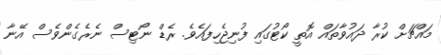
މައްޗަށް ކުރާ ދައުވާތައް އޮތީ ކޯޓުގައި ފުނިޖެހިފައެވެ. ރެޑް ނޯޓިސް ނެރެގެންވެސް އޭނާ